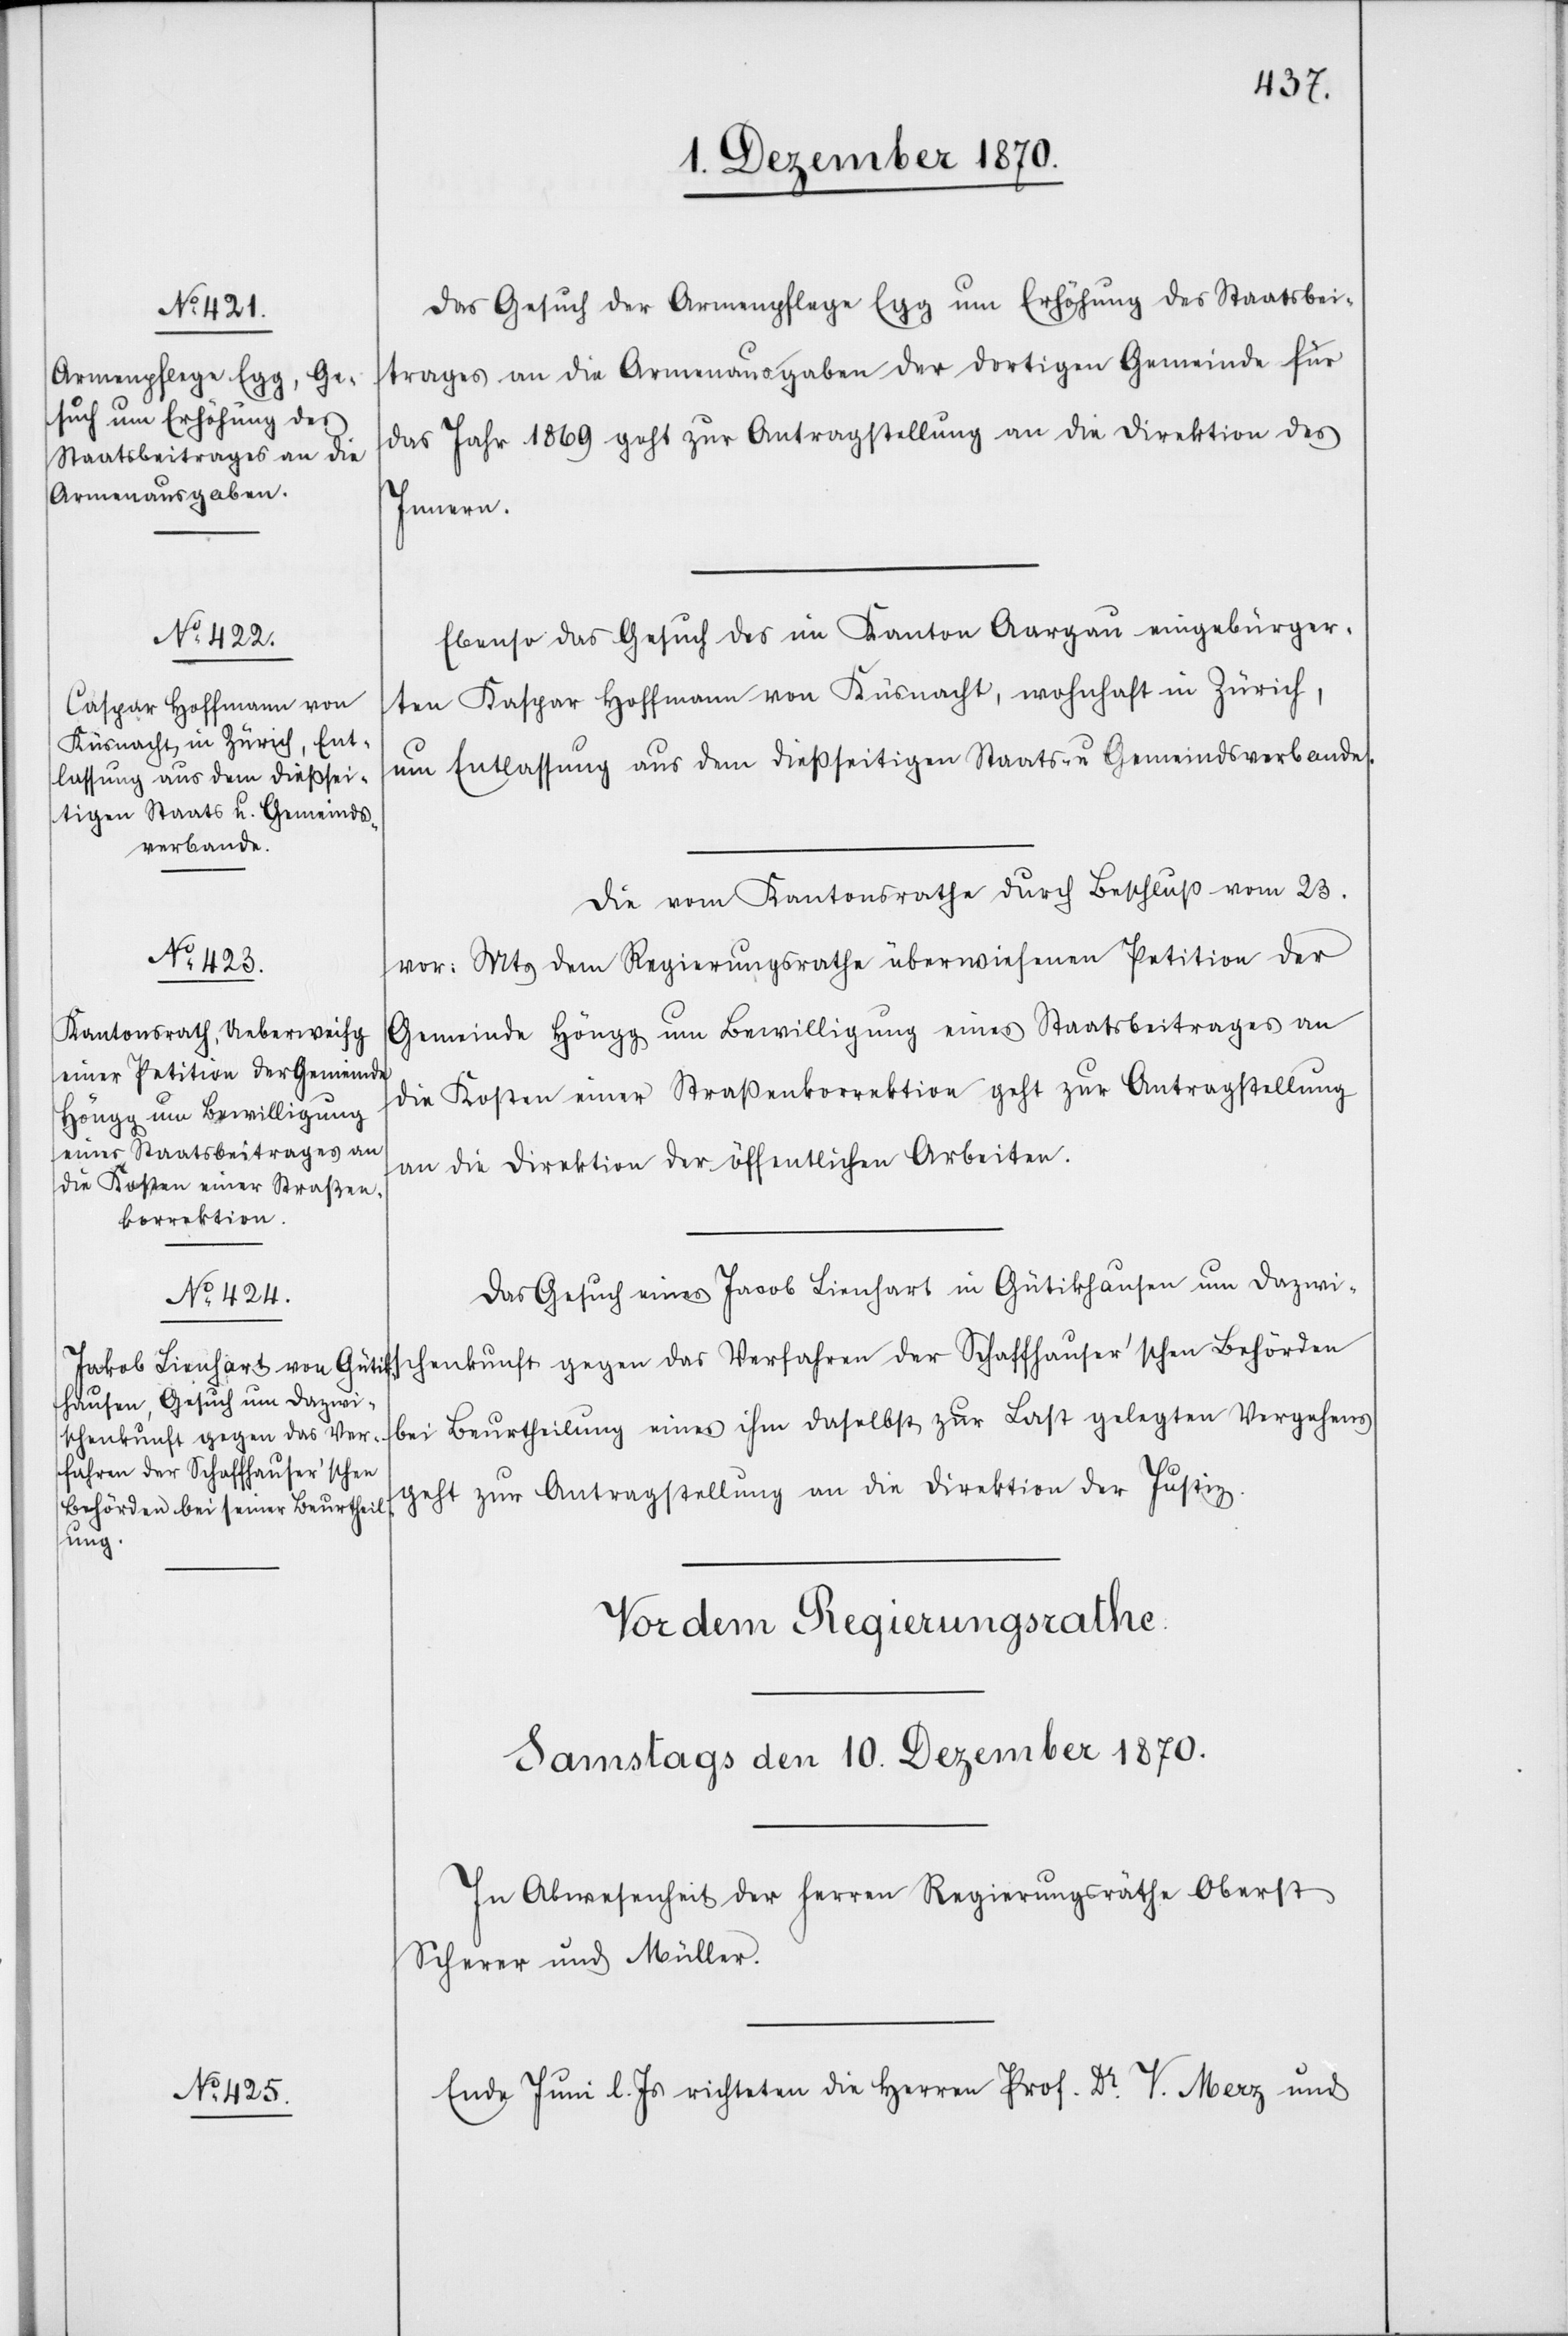
9. Dezember 1870.]
Das Gesuch der Armenpflege Egg um Erhöhung des Staatsbei¬
trages an die Armenausgaben der dortigen Gemeinde für
das Jahr 1869 geht zur Antragstellung an die Direktion des
Innern.
Ebenso das Gesuch des im Kanton Aargau eingebürger¬
ten Kaspar [sic!] Hoffmann von Küsnacht, wohnhaft in Zürich,
um Entlassung aus dem dießseitigen Staats- u Gemeindsverbande.
Die vom Kantonsrathe durch Beschluß vom 23.
vor: Mts dem Regierungsrathe überwiesene Petition der
Gemeinde Höngg um Bewilligung eines Staatsbeitrages an
die Kosten einer Straßenkorrektion geht zur Antragstellung
an die Direktion der öffentlichen Arbeiten.
Das Gesuch eines Jacob Liehnhart [sic!] in Gütikhausen um Dazwis¬
chenkunft gegen das Verfahren der Schaffhauser’schen Behörden
bei Beurtheilung eines ihm daselbst zur Last gelegten Vergehens
geht zur Antragstellung an die Direktion der Justiz.
Ende Juni l. Js. richteten die Herren Prof. Dr. V. Merz und